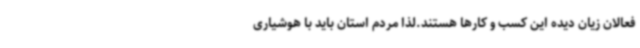
فعالان زیان دیده این کسب و کارها هستند.لذا مردم استان باید با هوشیاری